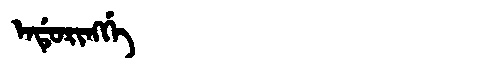
Manchu: ᡝᠨᡩᡠᡵᡳᠩᡤᡝ
Romanization: ENDURINGGE